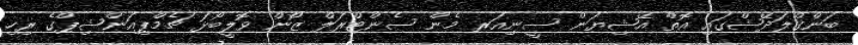
ބަންގްލަދޭޝްގައި އޮތް އޭޝިޔަން ސީނިއަރ މެން ސެންޓްރަލް ޒޯން ވޮލީބޯޅަ ޗެމްޕިއަންޝިޕްގެ ރިހި